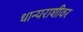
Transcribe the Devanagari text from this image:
धान्यराशीवर